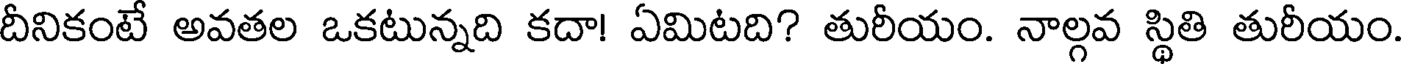
దీనికంటే అవతల ఒకటున్నది కదా! ఏమిటది? తురీయం. నాల్గవ స్థితి తురీయం